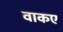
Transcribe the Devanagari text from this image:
वाकए